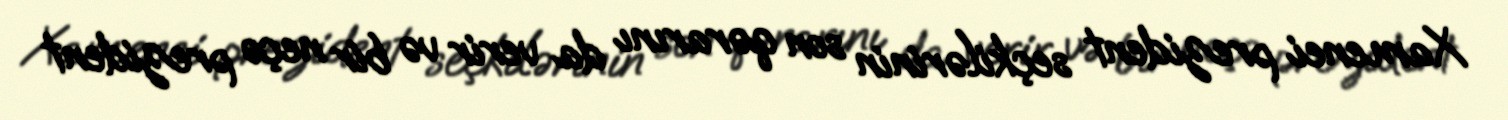
Xamenei prezident seçkilərinin son qərarını da verir və bir neçə prezident